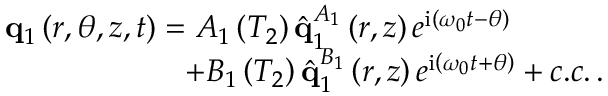
\begin{array} { r } { \mathbf { q } _ { 1 } \left( r , \theta , z , t \right) = A _ { 1 } \left( T _ { 2 } \right) \hat { \mathbf { q } } _ { 1 } ^ { A _ { 1 } } \left( r , z \right) e ^ { \mathrm { i } \left( \omega _ { 0 } t - \theta \right) } \ \ \ \ \ \ \ \ \ } \\ { + B _ { 1 } \left( T _ { 2 } \right) \hat { \mathbf { q } } _ { 1 } ^ { B _ { 1 } } \left( r , z \right) e ^ { \mathrm { i } \left( \omega _ { 0 } t + \theta \right) } + c . c . \, . } \end{array}